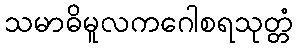
သမာဓိမူလကဂေါစရသုတ္တံ